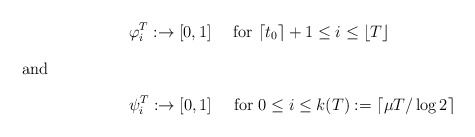
\begin{align*}&\varphi_{i}^{T}:\real\to[0,1]\quad\mbox{ for }\lceil t_0\rceil+1 \le i\le \lfloor T\rfloor\intertext{and}&\psi_{i}^{T}:\real\to[0,1]\quad\mbox{ for }0\le i\le k(T):=\lceil \mu T/\log2\rceil\end{align*}